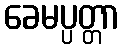
ခေမပ္ပတ္တာ